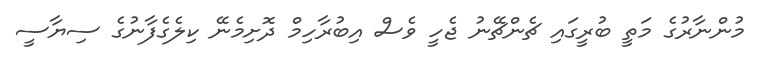
މުންނާރުގެ މަތީ ބުރީގައި ޗެންޗޭނު ޖެހީ ވެސް އިބުރާހިމް ދޮށިމެނޭ ކިލެގެފާނުގެ ސިޔާސީ